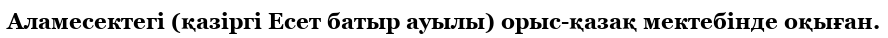
Аламесектегі (қазіргі Есет батыр ауылы) орыс-қазақ мектебінде оқыған.